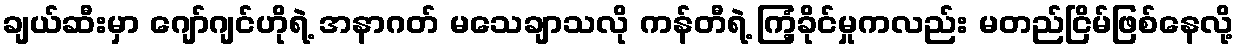
ချယ်ဆီးမှာ ဂျော်ဂျင်ဟိုရဲ့ အနာဂတ် မသေချာသလို ကန်တီရဲ့ ကြံ့ခိုင်မှုကလည်း မတည်ငြိမ်ဖြစ်နေလို့